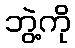
ဘွဲ့ကို